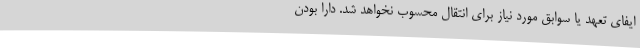
ایفای تعهد یا سوابق مورد نیاز برای انتقال محسوب نخواهد شد. دارا بودن